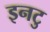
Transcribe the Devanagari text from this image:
इनटु